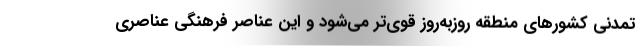
تمدنی کشورهای منطقه روزبه‌روز قوی‌تر می‌شود و این عناصر فرهنگی عناصری